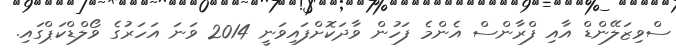
ސްވިޒަލޭންޑް އާއި ފްރާންސް އެންމެ ފަހުން ވާދަކޮށްފައިވަނީ 2014 ވަނަ އަހަރުގެ ވޯލްޑްކަޕްގައި.